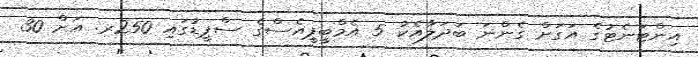
އިންޓަނެޓުގެ އަގަށް ގެންނަ ބަދަލާއެކު 5 އެމްބީޕީއެސްގެ ސްޕީޑުގައި 250ރ. އަށް 30